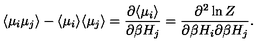
\langle \mu _ { i } \mu _ { j } \rangle - \langle \mu _ { i } \rangle \langle \mu _ { j } \rangle = \frac { \partial \langle \mu _ { i } \rangle } { \partial \beta H _ { j } } = \frac { \partial ^ { 2 } \ln Z } { \partial \beta H _ { i } \partial \beta H _ { j } } .